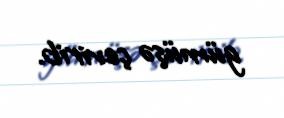
gümüşə çevirib.